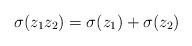
LaTeX: \begin{align*}\sigma(z_1 z_2) = \sigma(z_1)+ \sigma(z_2)\end{align*}